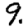
Digit: 9